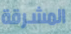
المشرقة